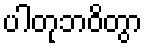
ပါတုဘဝိတွာ